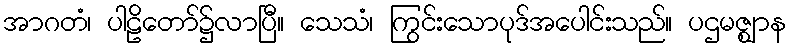
အာဂတံ၊ ပါဠိတော်၌လာပြီ။ သေသံ၊ ကြွင်းသောပုဒ်အပေါင်းသည်။ ပဌမဇ္ဈာန